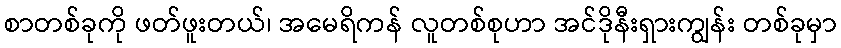
စာတစ်ခုကို ဖတ်ဖူးတယ်၊ အမေရိကန် လူတစ်စုဟာ အင်ဒိုနီးရှားကျွန်း တစ်ခုမှာ